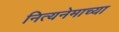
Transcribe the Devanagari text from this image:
नित्यनेमाच्या